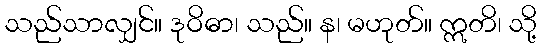
သည်သာလျှင်။ ဒုဝိဓာ၊ သည်။ န၊ မဟုတ်။ ဣတိ၊ သို့